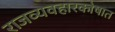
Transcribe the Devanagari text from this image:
राजव्यवहारकोषात